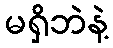
မရှိဘဲနဲ့